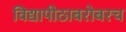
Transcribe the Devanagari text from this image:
विद्यापीठाबरोबरच